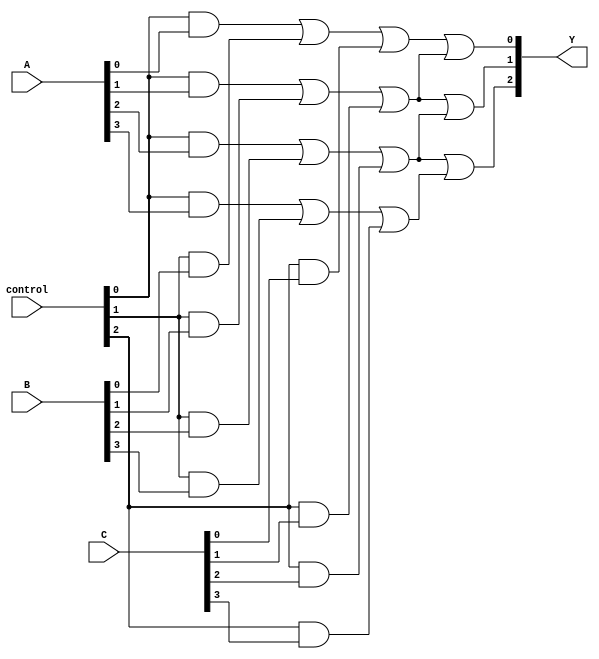
module PAL (
    input [3:0] A,        // 4-bit input vector
    input [3:0] B,        // 4-bit input vector
    input [3:0] C,        // 4-bit input vector
    input [3:0] control,  // Control bits for programming the AND array
    output [2:0] Y        // 3-bit output vector
);

// Programmable AND Gates
wire and_out0, and_out1, and_out2, and_out3;

// AND Gate Implementations
assign and_out0 = (control[0] & A[0]) | (control[1] & B[0]) | (control[2] & C[0]);
assign and_out1 = (control[0] & A[1]) | (control[1] & B[1]) | (control[2] & C[1]);
assign and_out2 = (control[0] & A[2]) | (control[1] & B[2]) | (control[2] & C[2]);
assign and_out3 = (control[0] & A[3]) | (control[1] & B[3]) | (control[2] & C[3]);

// Fixed OR Array
assign Y[0] = and_out0 | and_out1;  // Output Y0 is a combination of AND gates
assign Y[1] = and_out1 | and_out2;  // Output Y1 is a combination of AND gates
assign Y[2] = and_out2 | and_out3;  // Output Y2 is a combination of AND gates

endmodule